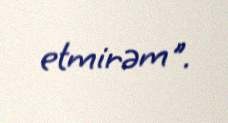
etmirəm".